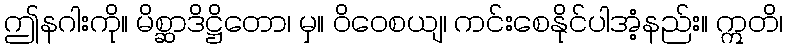
ဤနဂါးကို။ မိစ္ဆာဒိဋ္ဌိတော၊ မှ။ ဝိဝေစယျ၊ ကင်းစေနိုင်ပါအံ့နည်း။ ဣတိ၊